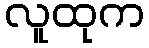
လူထုက